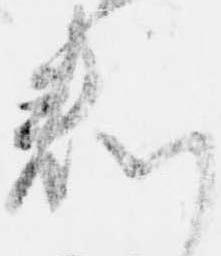
判